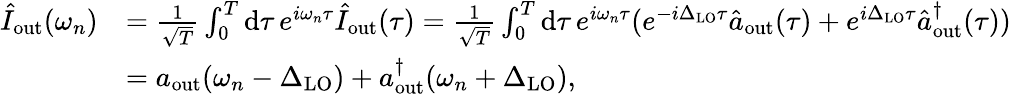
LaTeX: \begin{array}{rl}{\hat{I}_{\mathrm{out}}(\omega_{n})}&{=\frac{1}{\sqrt{T}}\int_{0}^{T}\mathrm{d}\tau\, e^{i\omega_{n}\tau}\hat{I}_{\mathrm{out}}(\tau)=\frac{1}{\sqrt{T}}\int_{0}^{T}\mathrm{d}\tau\, e^{i\omega_{n}\tau}(e^{-i\Delta_{\mathrm{LO}}\tau}\hat{a}_{\mathrm{out}}(\tau)+e^{i\Delta_{\mathrm{LO}}\tau}\hat{a}_{\mathrm{out}}^{\dagger}(\tau))}\\ &{=a_{\mathrm{out}}(\omega_{n}-\Delta_{\mathrm{LO}})+a_{\mathrm{out}}^{\dagger}(\omega_{n}+\Delta_{\mathrm{LO}}),}\end{array}